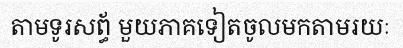
តាមទូរសព្ធ័ មួយភាគទៀតចូលមកតាមរយៈ